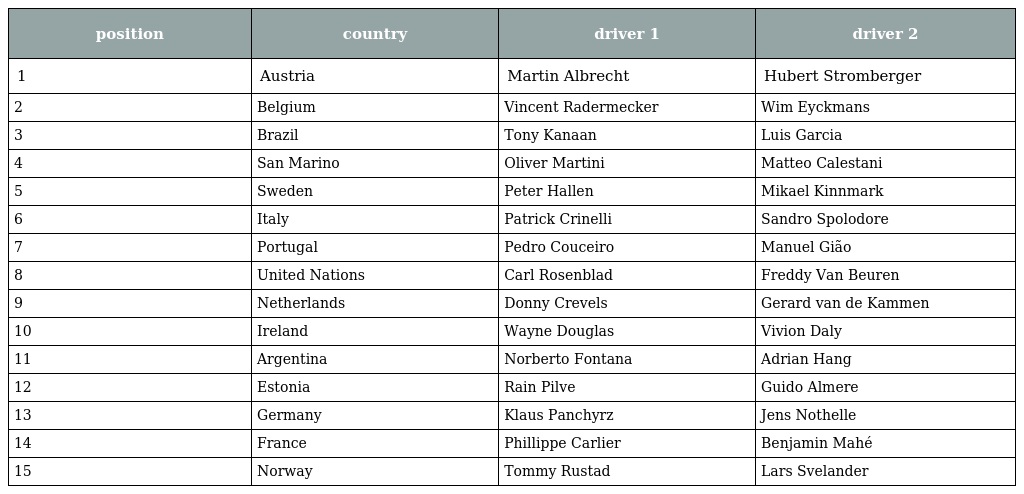
| position | country | driver 1 | driver 2 |
 | --- | --- | --- | --- |
 | 1 | Austria | Martin Albrecht | Hubert Stromberger |
 | 2 | Belgium | Vincent Radermecker | Wim Eyckmans |
 | 3 | Brazil | Tony Kanaan | Luis Garcia |
 | 4 | San Marino | Oliver Martini | Matteo Calestani |
 | 5 | Sweden | Peter Hallen | Mikael Kinnmark |
 | 6 | Italy | Patrick Crinelli | Sandro Spolodore |
 | 7 | Portugal | Pedro Couceiro | Manuel Gião |
 | 8 | United Nations | Carl Rosenblad | Freddy Van Beuren |
 | 9 | Netherlands | Donny Crevels | Gerard van de Kammen |
 | 10 | Ireland | Wayne Douglas | Vivion Daly |
 | 11 | Argentina | Norberto Fontana | Adrian Hang |
 | 12 | Estonia | Rain Pilve | Guido Almere |
 | 13 | Germany | Klaus Panchyrz | Jens Nothelle |
 | 14 | France | Phillippe Carlier | Benjamin Mahé |
 | 15 | Norway | Tommy Rustad | Lars Svelander |